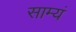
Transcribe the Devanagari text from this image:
साम्यं